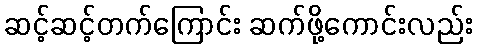
ဆင့်ဆင့်တက်ကြောင်း ဆက်ဖို့ကောင်းလည်း